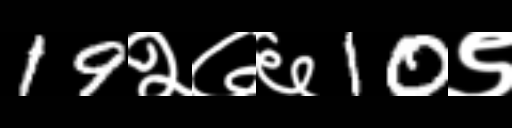
Text: 19२७६10९